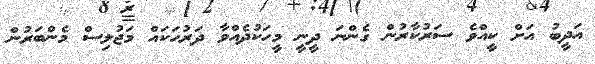
އަދީބު އަށް ކީއްވެ ސަރުކާރުން ގެންނަ ދީނީ މީހަކުދެއްވާ ދަރުހަކައް މަޖުލިސް މެންބަރުން